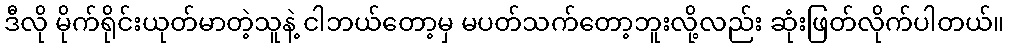
ဒီလို မိုက်ရိုင်းယုတ်မာတဲ့သူနဲ့ ငါဘယ်တော့မှ မပတ်သက်တော့ဘူးလို့လည်း ဆုံးဖြတ်လိုက်ပါတယ်။